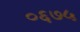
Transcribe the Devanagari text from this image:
०६७५